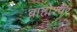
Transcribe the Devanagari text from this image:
ब्राह्मेश्‍वर